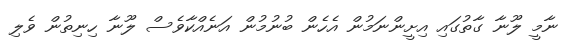
ނާމީ ލޫނާ ގާތުގައި އިށީންނަމުން އެހެން ބުނުމުން އަނެއްކާވެސް ލޫނާ ހިނިތުން ވެލި